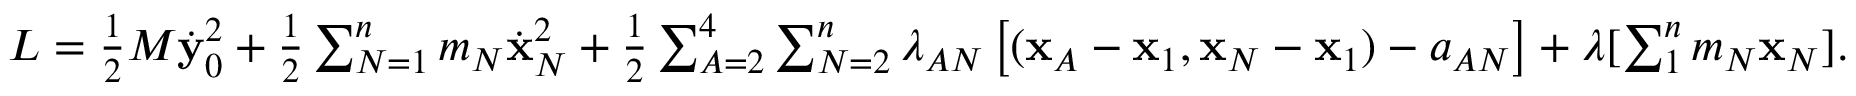
\begin{array} { r } { L = \frac 1 2 M \dot { \bf y } _ { 0 } ^ { 2 } + \frac 1 2 \sum _ { N = 1 } ^ { n } m _ { N } \dot { \bf x } _ { N } ^ { 2 } + \frac 1 2 \sum _ { A = 2 } ^ { 4 } \sum _ { N = 2 } ^ { n } \lambda _ { A N } \left[ ( { \bf x } _ { A } - { \bf x } _ { 1 } , { \bf x } _ { N } - { \bf x } _ { 1 } ) - a _ { A N } \right] + \boldsymbol { \lambda } [ \sum _ { 1 } ^ { n } m _ { N } { \bf x } _ { N } ] . } \end{array}